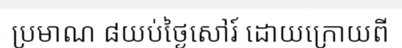
ប្រមាណ ៨យប់ថ្ងៃសៅរ៍ ដោយក្រោយពី